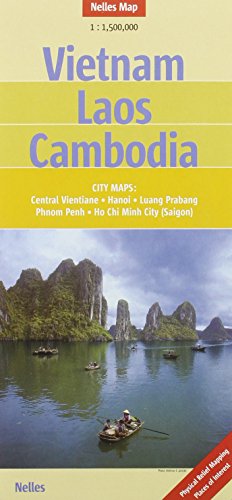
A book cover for Vietnam, Laos and Cambodia Nelles map; Nelles Verlag; Travel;